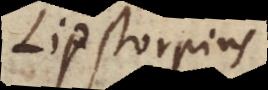
Lipstorpius